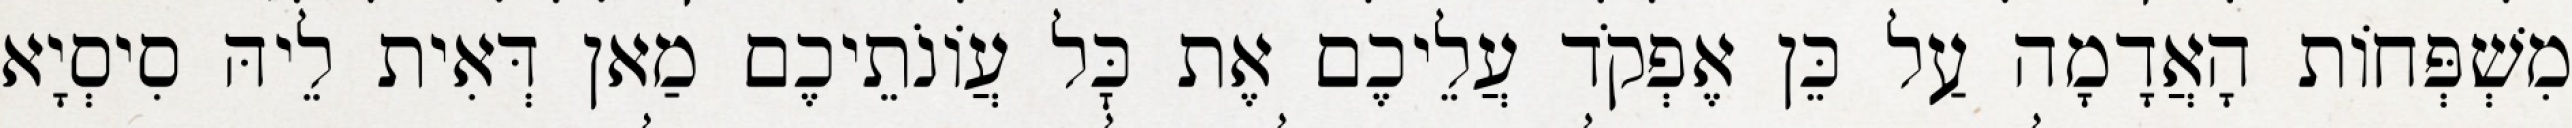
מִשְׁפְּחוֹת הָאֲדָמָה עַל כֵּן אֶפְקֹד עֲלֵיכֶם אֶת כׇּל עֲוֹנֹתֵיכֶם מַאן דְּאִית לֵיהּ סִיסְיָא